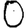
Digit: 0